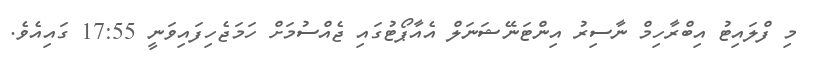
މި ފްލައިޓު އިބްރާހިމް ނާސިރު އިންޓަނޭޝަނަލް އެއާޕޯޓުގައި ޖެއްސުމަށް ހަމަޖެހިފައިވަނީ 17:55 ގައިއެވެ.